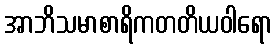
အာဘိသမာစာရိကတတိယဝါရော